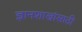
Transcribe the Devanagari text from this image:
ज्ञानशाखांसाठी